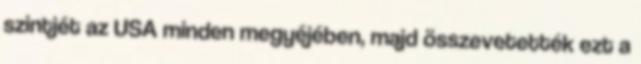
szintjét az USA minden megyéjében, majd összevetették ezt a